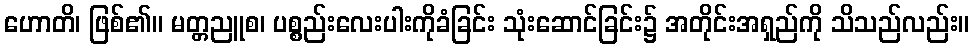
ဟောတိ၊ ဖြစ်၏။ မတ္တညူစ၊ ပစ္စည်းလေးပါးကိုခံခြင်း သုံးဆောင်ခြင်း၌ အတိုင်းအရှည်ကို သိသည်လည်း။